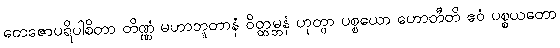
တေဇောပရိပါစိတာ တိဏ္ဏံ မဟာဘူတာနံ ဝိတ္ထမ္ဘနံ ဟုတွာ ပစ္စယော ဟောတီတိ ဧဝံ ပစ္စယတော